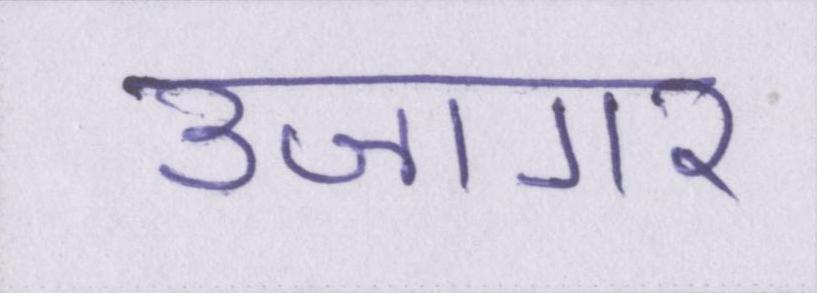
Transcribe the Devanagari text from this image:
उजागर